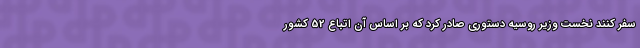
سفر کنند نخست وزیر روسیه دستوری صادر کرد که بر اساس آن اتباع 52 کشور